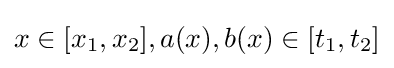
x\in [x_{1},x_{2}],a(x),b(x)\in [t_{1},t_{2}]